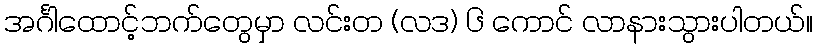
အင်္ဂါထောင့်ဘက်တွေမှာ လင်းတ (လဒ) ၆ ကောင် လာနားသွားပါတယ်။